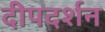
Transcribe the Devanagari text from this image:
दीपदर्शन